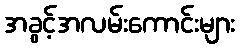
အခွင့်အလမ်းကောင်းများ